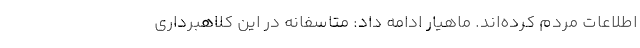
اطلاعات مردم کرده‌اند. ماهیار ادامه داد: متاسفانه در این کلاهبرداری